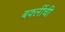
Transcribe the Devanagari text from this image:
बर्क्लीची